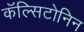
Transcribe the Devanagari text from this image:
कॅल्सिटोनिन